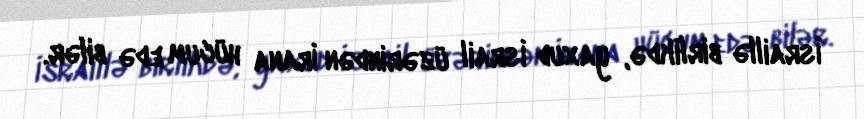
İsraillə birlikdə, yaxud İsrail üzərindən İrana hücum edə bilər.